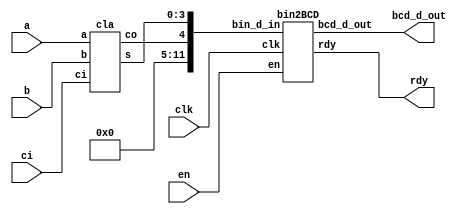
`timescale 1ns / 1ps
//////////////////////////////////////////////////////////////////////////////////
// Company: 
// Engineer: 
// 
// Design Name: 
// Module Name: final
// Project Name: 
// Target Devices: 
// Tool Versions: 
// Description: 
// 
// Dependencies: 
// 
// Revision:
// Revision 0.01 - File Created
// Additional Comments:
// 
//////////////////////////////////////////////////////////////////////////////////
module final(
input [3:0] a,b,
input ci,
input clk,en,
output [15:0] bcd_d_out,
output rdy
);

wire co;
wire [3:0]s;
cla uuu(.s(s), .co(co),.a(a),.b(b),.ci(ci));
wire [11:0] bin_d_in = {7'b0,co,s};
bin2BCD bbb(.bin_d_in(bin_d_in),.bcd_d_out(bcd_d_out),.rdy(rdy),.clk(clk),.en(en));





endmodule



module bin2BCD(

input clk,
input en,
input [11:0] bin_d_in,

output [15:0] bcd_d_out,
output rdy
);

//State variables
parameter IDLE = 3'b000;
parameter SETUP = 3'b001;
parameter ADD = 3'b010;
parameter SHIFT = 3'b011;
parameter DONE = 3'b100;

//reg [11:0] bin_data = 0;
reg [27:0] bcd_data = 0;
reg [2:0] state = 0;
reg busy = 0;
reg [3:0] sh_counter = 0;
reg [1:0] add_counter = 0;
reg result_rdy = 0;

always @(posedge clk)
begin
if(en)
begin
if(~busy)
begin
bcd_data <= {16'b0, bin_d_in};
state <= SETUP;
end

end

case(state)

IDLE:
begin
result_rdy <= 0;
busy <= 0;
end

SETUP:
begin
busy <= 1;
state <= ADD;
end

ADD:
begin

case(add_counter)
0:
begin
if(bcd_data[15:12] > 4)
begin
bcd_data[27:12] <= bcd_data[27:12] + 3;
end
add_counter <= add_counter + 1;
end

1:
begin
if(bcd_data[19:16] > 4)
begin
bcd_data[27:16] <= bcd_data[27:16] + 3;
end
add_counter <= add_counter + 1;
end

2:
begin
if((add_counter == 2) && (bcd_data[23:20] > 4))
begin
bcd_data[27:20] <= bcd_data[27:20] + 3;
end
add_counter <= add_counter + 1;
end

3:
begin
if((add_counter == 3) && (bcd_data[27:24] > 4))
begin
bcd_data[27:24] <= bcd_data[27:24] + 3;
end
add_counter <= 0;
state <= SHIFT;
end
endcase
end

SHIFT:
begin
sh_counter <= sh_counter + 1;
bcd_data <= bcd_data << 1;

if(sh_counter == 11)
begin
sh_counter <= 0;
state <= DONE;
end
else
begin
state <= ADD;
end

end

DONE:
begin
result_rdy <= 1;
state <= IDLE;
end
default:
begin
state <= IDLE;
end

endcase

end
assign bcd_d_out = bcd_data[27:12];
assign rdy = result_rdy;
endmodule

module cla(
input [3:0] a,
input [3:0] b,
input ci,
output reg [3:0] s,
output reg co

    );
    reg [3:0]p,g;
    reg [2:0]c;
    integer i;
    always @(*)
    begin
    p[0] = a[0] ^ b[0];
    g[0] = a[0] & b[0];
    s[0] = p[0] ^ ci;
    c[0] = (ci & p[0]) | g[0];
    p[1] = a[1] ^ b[1];
    g[1] = a[1] & b[1];
    s[1] = p[1] ^ c[0];
    c[1] = (c[0] & p[1]) | g[1];
    p[2] = a[2] ^ b[2];
    g[2] = a[2] & b[2];
    s[2] = p[2] ^ c[1];
    c[2] = (c[1] & p[2]) | g[2];
    p[3] = a[3] ^ b[3];
    g[3] = a[3] & b[3];
    s[3] = p[3] ^ c[2];
    co = (c[2] & p[3]) | g[3];
   end 
endmodule